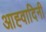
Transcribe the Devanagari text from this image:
आह्वादिनी